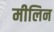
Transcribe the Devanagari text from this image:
मीलिन